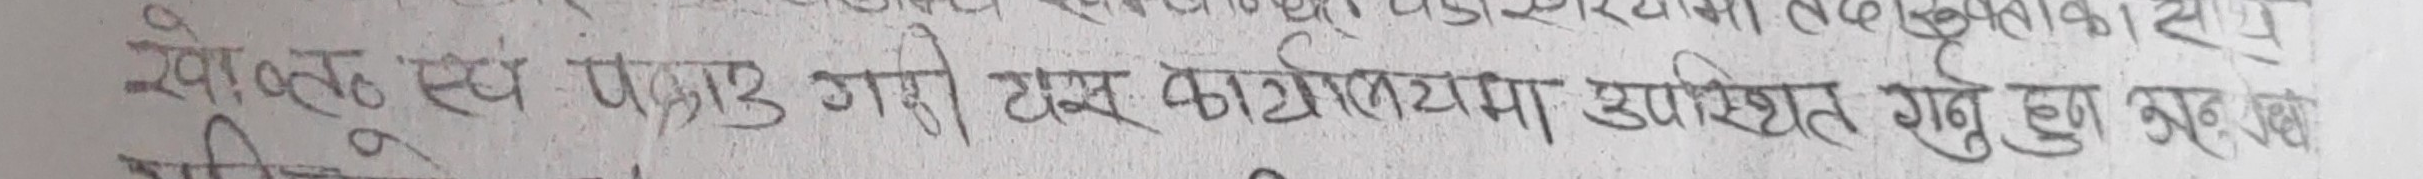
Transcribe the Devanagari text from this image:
खोज-बुझ तथा पाउनु गरी यस कार्यालयमा उपस्थित हुनु हुन अनुरोध छ।